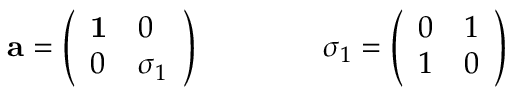
{ \bf a } = \left( \begin{array} { l l } { { { \bf 1 } } } & { { 0 } } \\ { { 0 } } & { { \sigma _ { 1 } } } \end{array} \right) \qquad \qquad \sigma _ { 1 } = \left( \begin{array} { l l } { { 0 } } & { { 1 } } \\ { { 1 } } & { { 0 } } \end{array} \right)